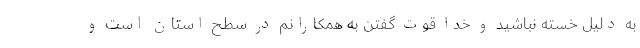
به دلیل خسته نباشید و خدا قوت گفتن به همکارانم در سطح استان است و